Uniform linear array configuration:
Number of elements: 12
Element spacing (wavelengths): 0.5
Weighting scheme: blackman
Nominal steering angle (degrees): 0
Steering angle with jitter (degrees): -0.7734
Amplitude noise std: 0.05
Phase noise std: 0.05

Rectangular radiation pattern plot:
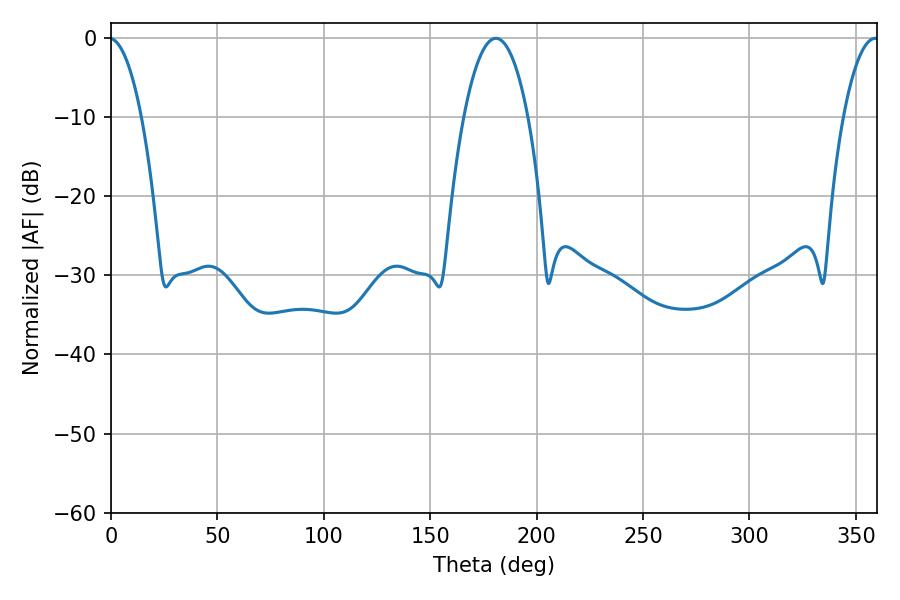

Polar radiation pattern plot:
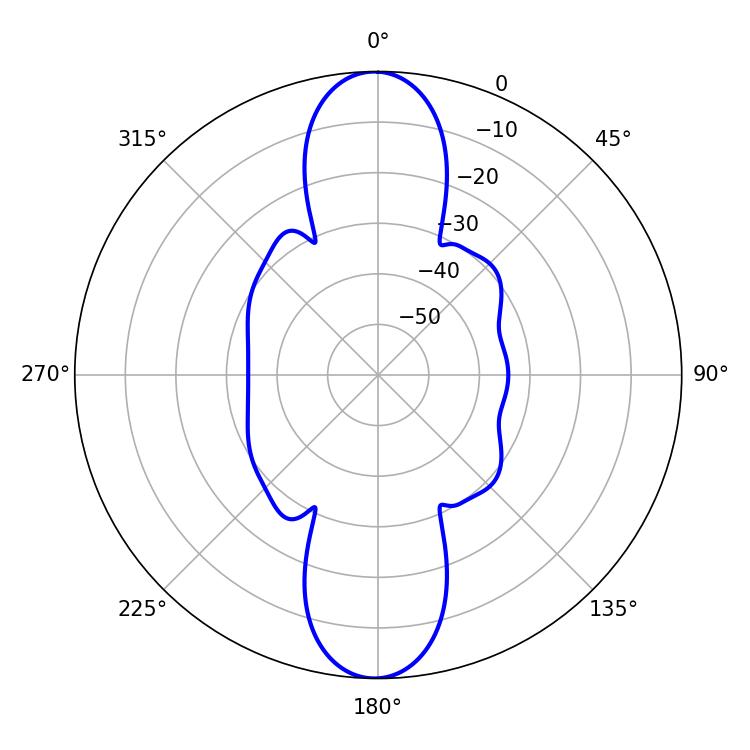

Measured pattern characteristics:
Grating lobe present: FALSE
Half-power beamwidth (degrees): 16.74
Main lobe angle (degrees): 180.9